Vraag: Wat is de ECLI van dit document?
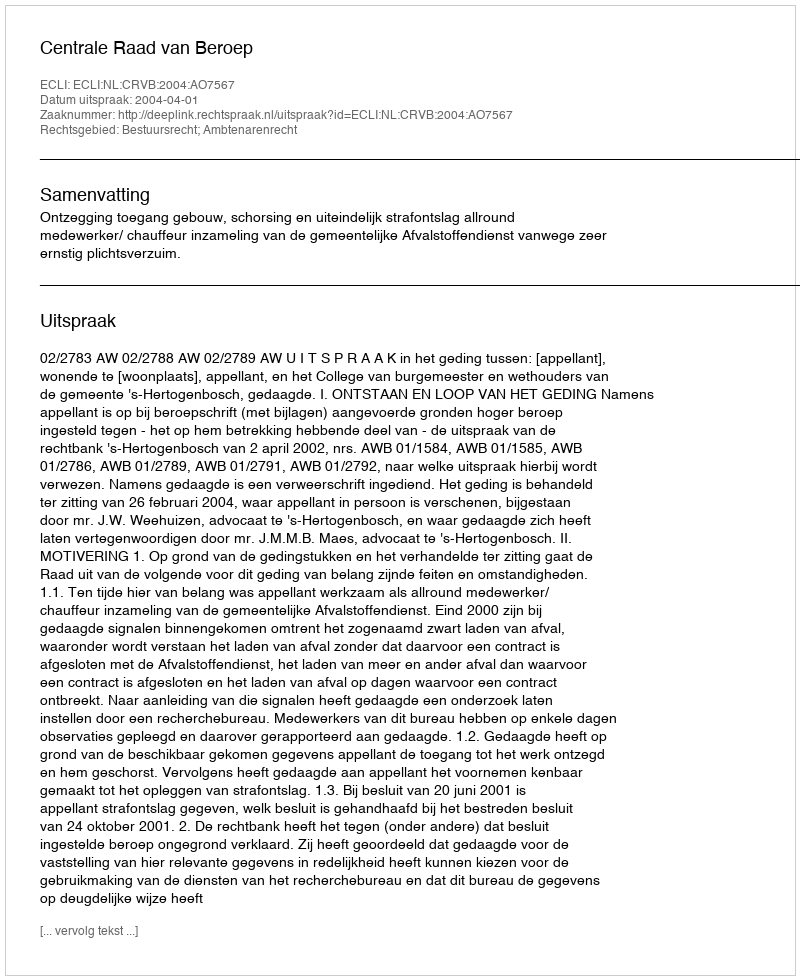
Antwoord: ECLI:NL:CRVB:2004:AO7567